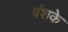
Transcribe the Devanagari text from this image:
वंशके